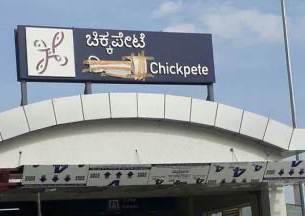
Language: kannada
Transcription: ಚಿಕ್ಕಪೇಟೆ